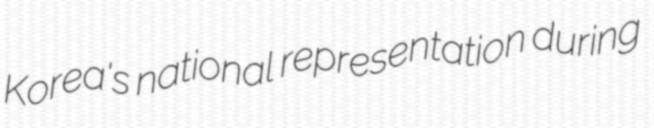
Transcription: Korea's national representation during